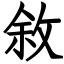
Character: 敘